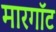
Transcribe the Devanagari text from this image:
मारगॉट